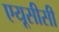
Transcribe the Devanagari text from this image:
एयूसीसी